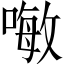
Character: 𠽊